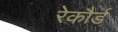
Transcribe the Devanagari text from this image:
रेकौर्ड